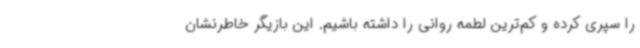
را سپری کرده و کم‌ترین لطمه روانی را داشته باشیم. این بازیگر خاطرنشان